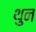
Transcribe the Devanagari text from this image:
थुन